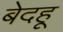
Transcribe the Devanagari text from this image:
बेदहू